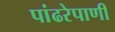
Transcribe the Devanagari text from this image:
पांढरेपाणी